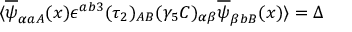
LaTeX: \langle \overline { { { \psi } } } _ { \alpha a A } ( x ) { \epsilon } ^ { a b 3 } ( \tau _ { 2 } ) _ { A B } ( \gamma _ { 5 } C ) _ { \alpha \beta } \overline { { { \psi } } } _ { \beta b B } ( x ) \rangle = \Delta